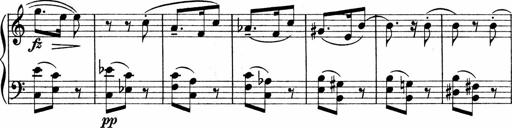
Title: Sonatina No.1
Composer: Otto Stoll
Key: C major